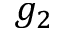
g _ { 2 }